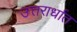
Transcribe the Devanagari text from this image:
उत्तरार्धात